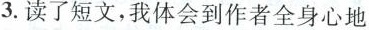
3.读了短文，我体会到作者全身心地